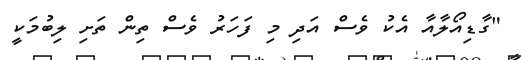
"ގާޑިއޯލާއާ އެކު ވެސް އަދި މި ފަހަރު ވެސް ތިން ތަށި ލިބުމަކީ